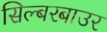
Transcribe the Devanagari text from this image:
सिल्बरबाउर